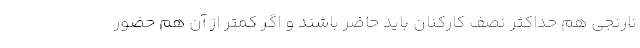
نارنجی هم حداکثر نصف کارکنان باید حاضر باشند و اگر کمتر از آن هم حضور